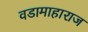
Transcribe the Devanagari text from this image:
वडामाहाराज